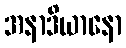
အနာဒိယာနော